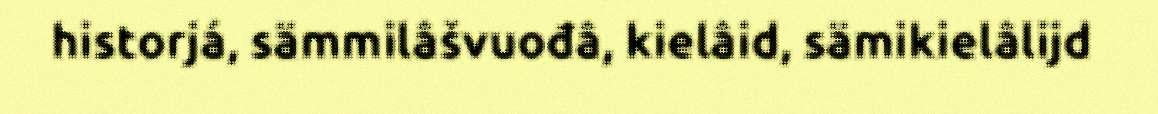
historjá, sämmilâšvuođâ, kielâid, sämikielâlijd